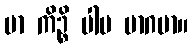
မာ ကိဉ္စိ ပါပ မာဂမာ။